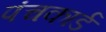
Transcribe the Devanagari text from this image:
पंचकार्ड